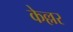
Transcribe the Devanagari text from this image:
केल्लर